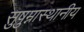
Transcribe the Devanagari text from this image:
सुषुम्नास्थानीय